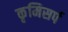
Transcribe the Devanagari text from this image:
कृमिसर्प